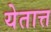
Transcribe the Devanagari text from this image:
येतात्त